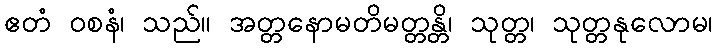
ဧတံ ဝစနံ၊ သည်။ အတ္တနောမတိမတ္တန္တိ၊ သုတ္တ၊ သုတ္တနုလောမ၊